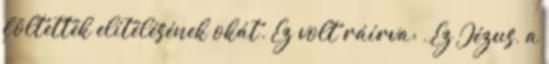
föltették elítélésének okát. Ez volt ráírva: ,,Ez Jézus, a